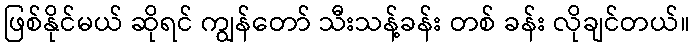
ဖြစ်နိုင်မယ် ဆိုရင် ကျွန်တော် သီးသန့်ခန်း တစ် ခန်း လိုချင်တယ်။